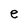
Character: e